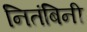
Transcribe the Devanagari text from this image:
नितंबिनी